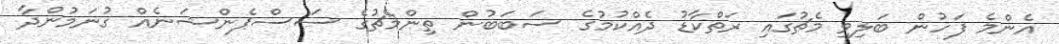
އެންމެ ފަހުން ބަލިވި މެޗުގައި ރަތްކާޑު ދެއްކުމުގެ ސަބަބުން ތިންމެޗުގެ ސަސްޕެންޝަނެއް ގުނަމުންދާ